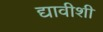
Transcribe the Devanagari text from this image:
द्यावीशी